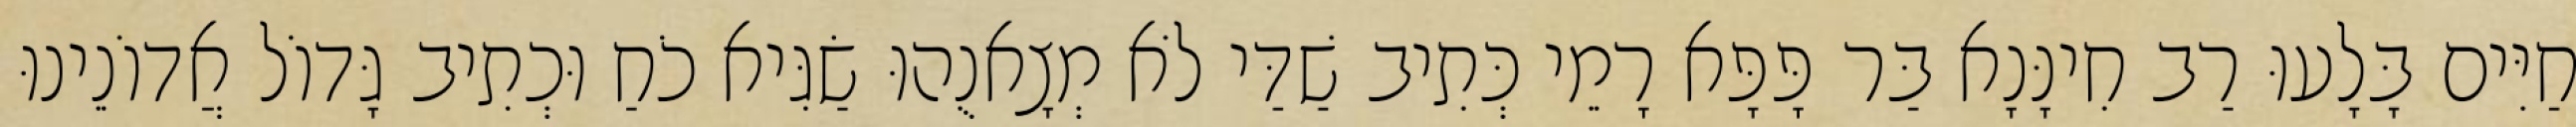
חַיִּים בָּלָעוּ רַב חִינָּנָא בַּר פָּפָּא רָמֵי כְּתִיב שַׁדַּי לֹא מְצָאנֻהוּ שַׂגִּיא כֹחַ וּכְתִיב גָּדוֹל אֲדוֹנֵינוּ